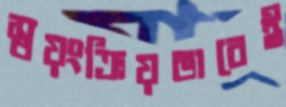
স্বয়ংক্রিয়ভাবেই